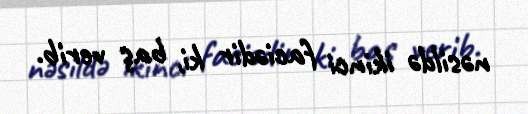
nəsildə ikinci faciədir ki, baş verib.